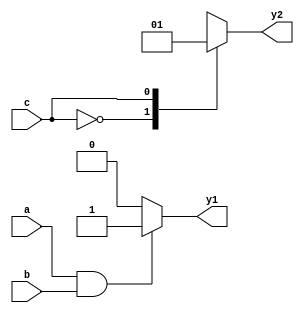
module combinational_logic (
    input wire a,        // Input signal a
    input wire b,        // Input signal b
    input wire c,        // Input signal c
    output reg y1,       // Output signal y1
    output reg y2        // Output signal y2
);

// Always block to describe combinational logic
always @* begin
    // Immediate updates to outputs based on current inputs
    if (a && b) begin
        y1 = 1;         // y1 is 1 if both a and b are high
    end else begin
        y1 = 0;         // y1 is 0 otherwise
    end

    // Using a case statement for y2 based on input c
    case (c)
        1'b0: y2 = 0;   // If c is 0, set y2 to 0
        1'b1: y2 = 1;   // If c is 1, set y2 to 1
        default: y2 = 1'bx; // Default case (undefined state)
    endcase
end

endmodule